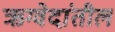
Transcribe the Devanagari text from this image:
ऋग्वेदांतील